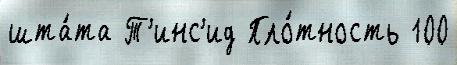
шта́та Т'инс'ид Пло́тность 100